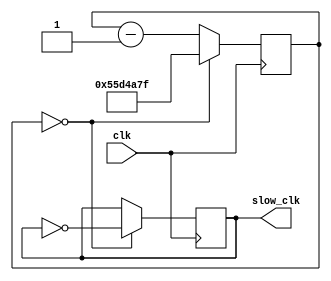
module timer #(parameter M=90000000) // 1sec
				(input clk, output reg slow_clk);
				
	function integer clogb2(input [31:0] v);
		for(clogb2 = 0; v > 0; clogb2 = clogb2 + 1)
			v = v >> 1;
	endfunction
	
	localparam N = clogb2(M-1);
	
	initial slow_clk = 1'b1;
	
	reg [N-1:0] cnt = M - 1;
	
	always @ (posedge clk)
		if(cnt==0) begin
			cnt <= M-1;
			slow_clk <= ~slow_clk;
		end
		else
			cnt <= cnt - 1;
	
	//assign slow_clk = (cnt==0);

endmodule